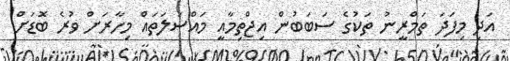
އަދި މިފަދަ ތަމްރީނު ތަކުގެ ސަބަބުން އިޖްތިމާއީ މައްސަލަތައް މިހާރަށް ވުރެ ބޮަޑަށް